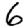
Digit: 6